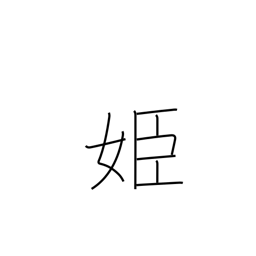
Meaning: princess